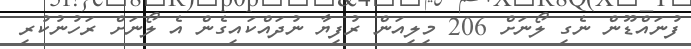
ފުނައްޑޫން ނެގި ލޯނަށް 206 މިލިއަން ރުފިޔާ ނުދައްކައިގެން އެ ލޯނަށް ރަހުނުކުރި